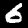
Digit: 6